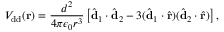
V _ { \mathrm { d d } } ( { \mathbf { r } } ) = \frac { d ^ { 2 } } { 4 \pi \epsilon _ { 0 } r ^ { 3 } } \left[ \hat { \mathbf { d } } _ { 1 } \cdot \hat { \mathbf { d } } _ { 2 } - 3 ( \hat { \mathbf { d } } _ { 1 } \cdot \hat { \mathbf { r } } ) ( \hat { \mathbf { d } } _ { 2 } \cdot \hat { \mathbf { r } } ) \right] ,